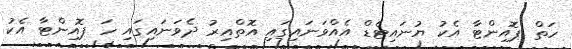
ހަތް ޕޮއިންޓާ އެކު ޔުނައިޓެޑް އެއްވަނައިގައި އޮތްއިރު ދެވަނައިގައި ހަ ޕޮއިންޓާ އެކު